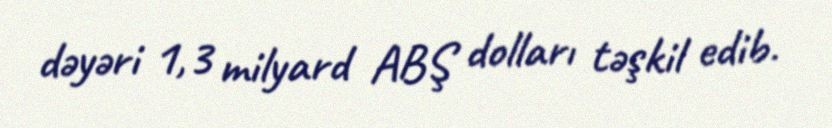
dəyəri 1,3 milyard ABŞ dolları təşkil edib.